38_143685_box_Incident_Summaries_173-233
Agency: Department of War
Page 20
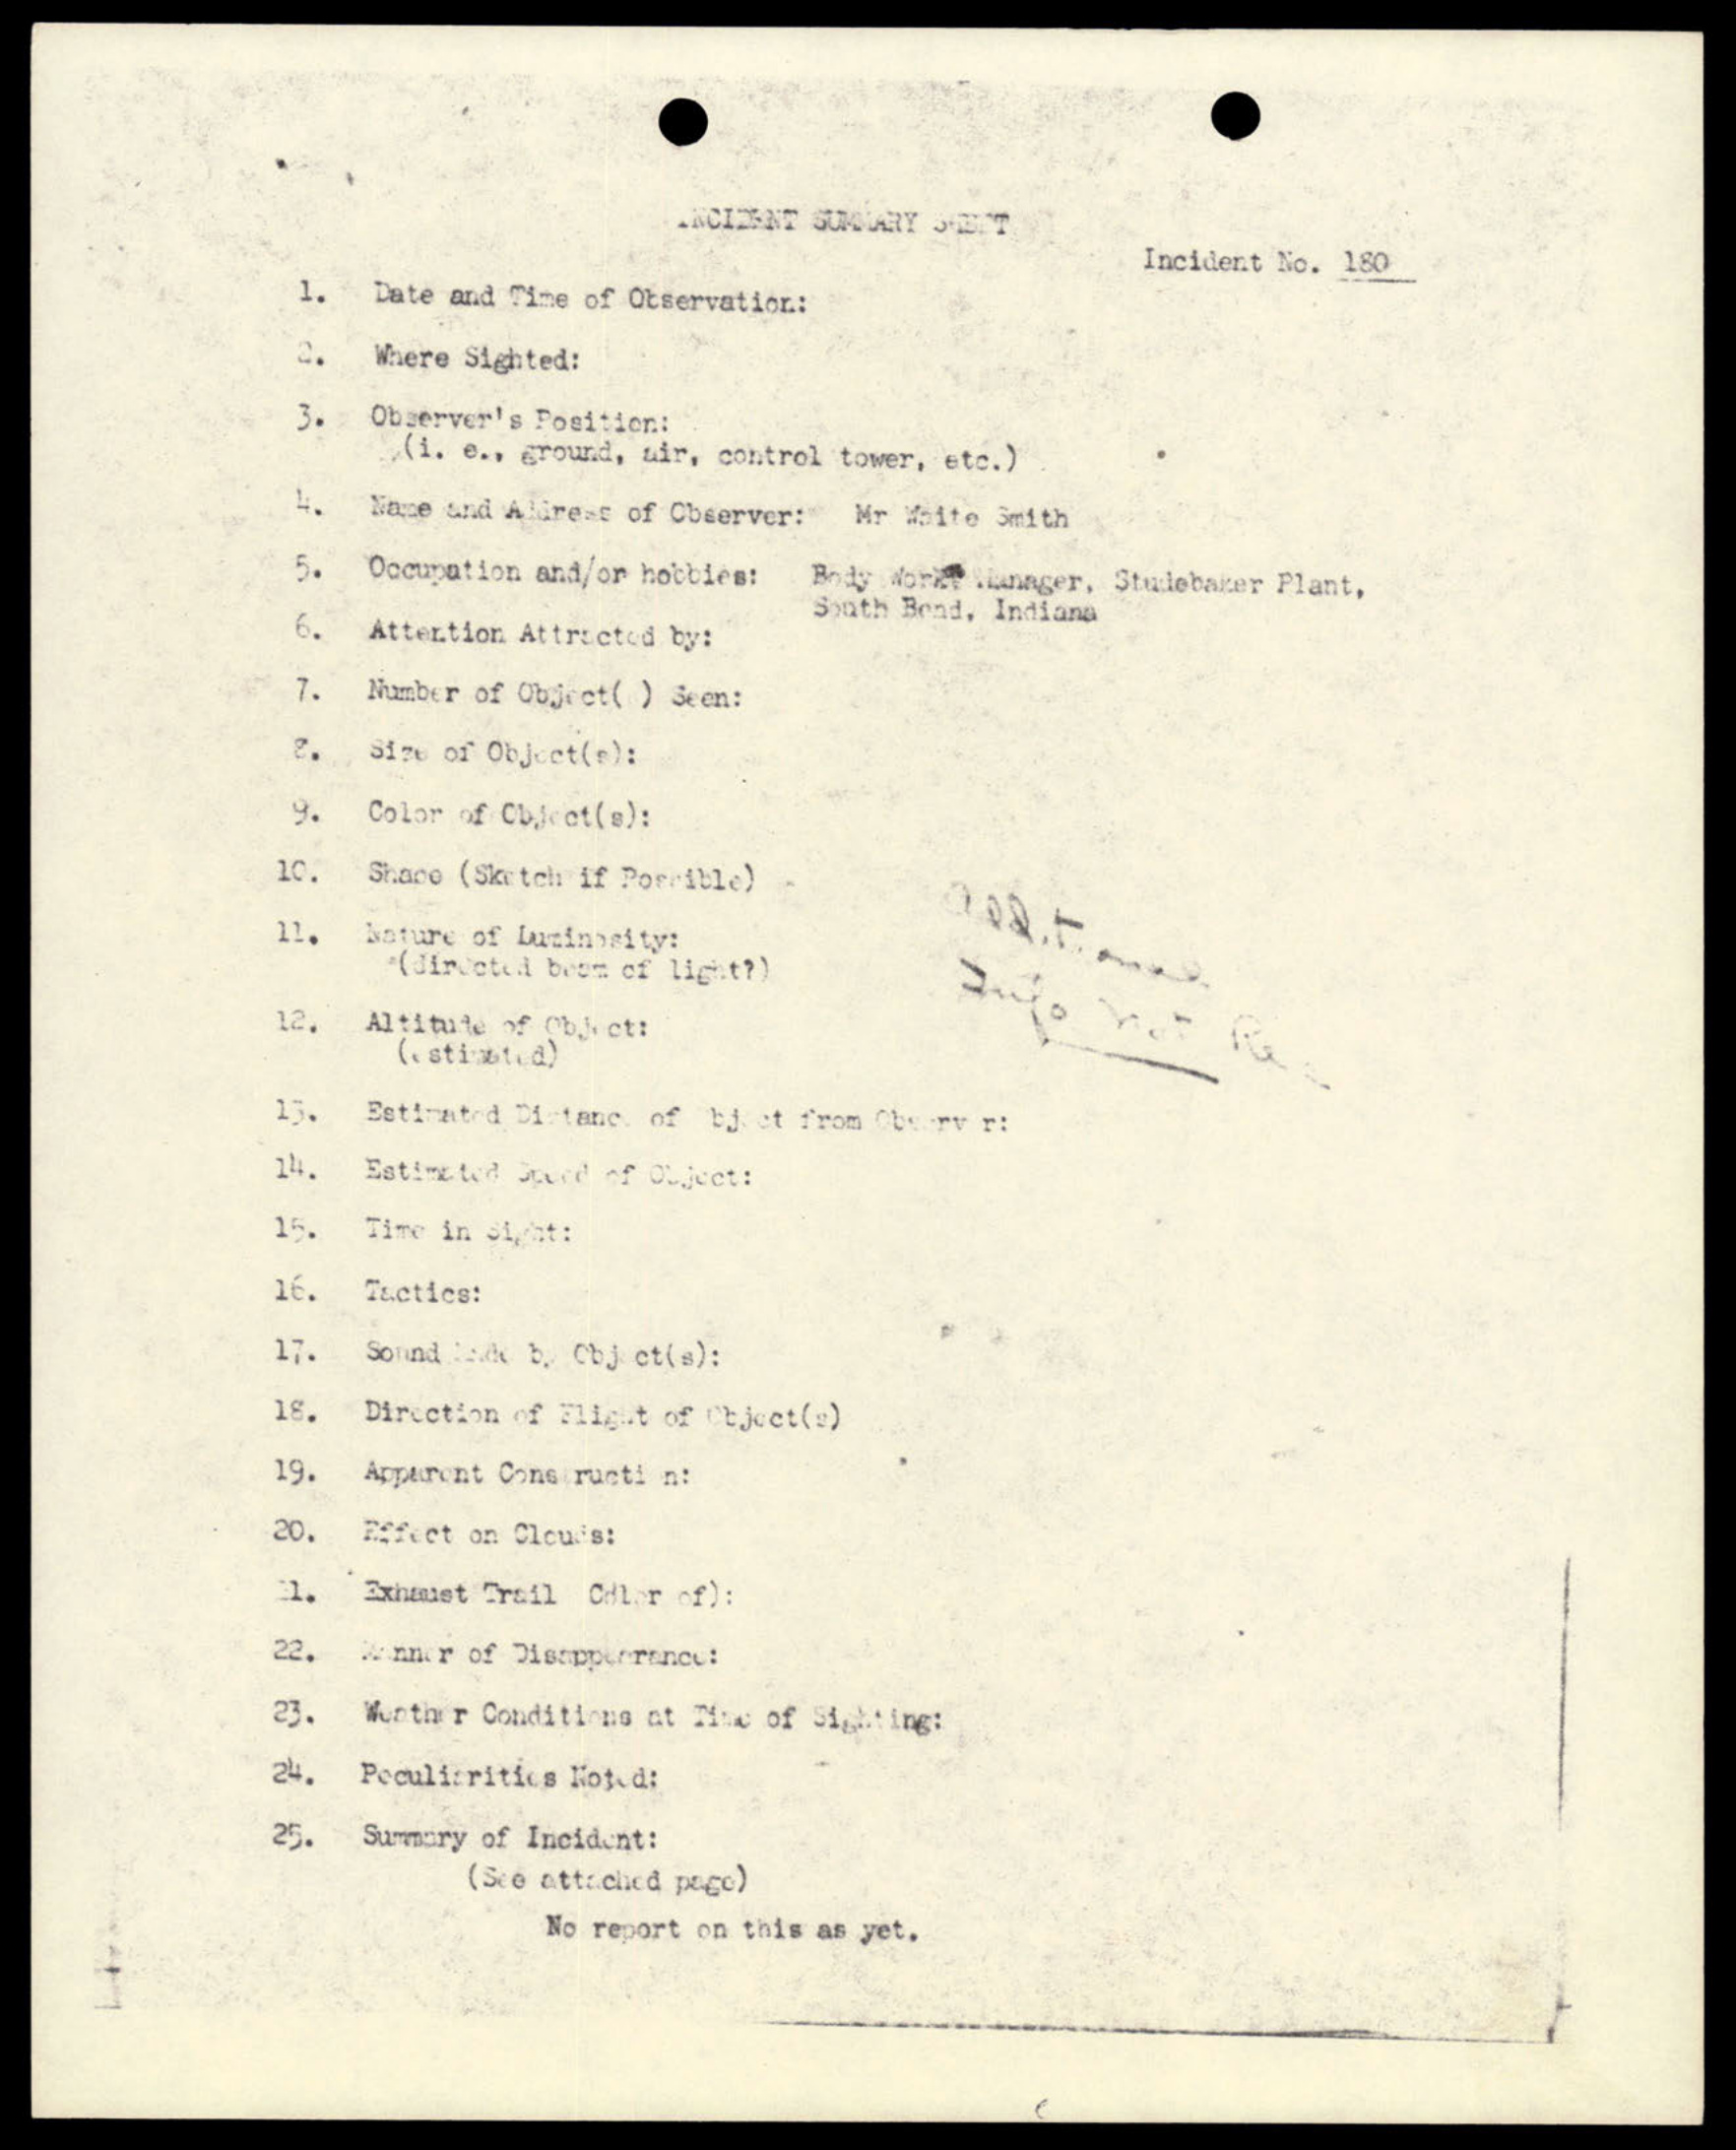